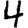
Digit: 4